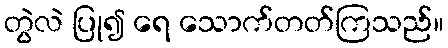
တွဲလဲ ပြု၍ ရေ သောက်တတ်ကြသည်။